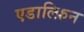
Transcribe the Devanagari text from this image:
एडाल्फ़िन